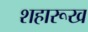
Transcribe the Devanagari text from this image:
शहारूख